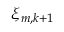
{ \xi } _ { m , k + 1 }